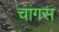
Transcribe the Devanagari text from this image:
चांगस